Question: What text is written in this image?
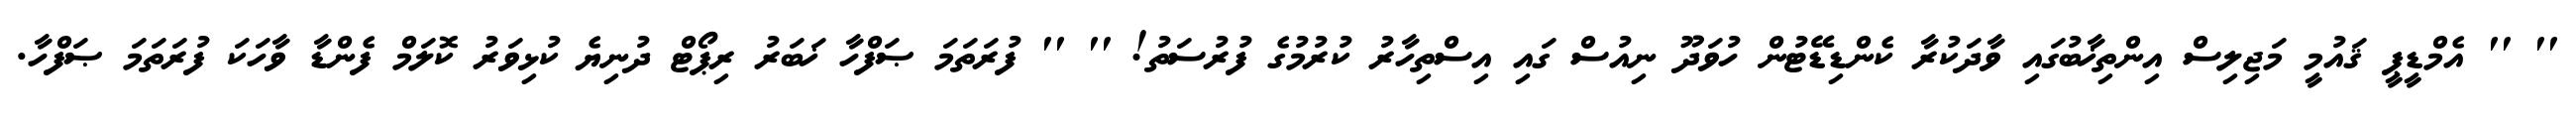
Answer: '' '' އެމްޑީޕީ ޤައުމީ މަޖިލިސް އިންތިޚާބުގައި ވާދަކުރާ ކެންޑިޑޭޓުން ހުވަދޫ ނިއުސް ގައި އިސްތިހާރު ކުރުމުގެ ފުރުސަތު! '' '' ފުރަތަމަ ޞަފްހާ ޚަބަރު ރިޕޯޓް ދުނިޔެ ކުޅިވަރު ކޮލަމް ފެންޑާ ވާހަކަ ފުރަތަމަ ޞަފްހާ.